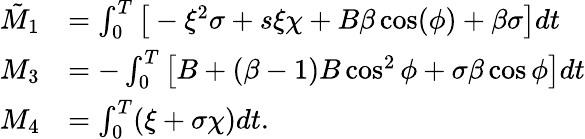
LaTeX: \begin{array}{rl}{\tilde{M}_{1}}&{=\int_{0}^{T}\big[-\xi^{2}\sigma+s\xi\chi+B\beta\cos(\phi)+\beta\sigma\big]dt}\\ {M_{3}}&{=-\int_{0}^{T}\big[B+(\beta-1)B\cos^{2}\phi+\sigma\beta\cos\phi\big]dt}\\ {M_{4}}&{=\int_{0}^{T}(\xi+\sigma\chi)dt.}\end{array}